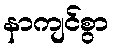
နာကျင်စွာ